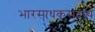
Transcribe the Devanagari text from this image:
भारसाधकसदस्य